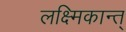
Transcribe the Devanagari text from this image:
लक्ष्मिकान्त्